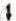
I